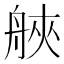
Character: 𦩀